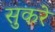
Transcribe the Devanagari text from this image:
सुकरे